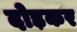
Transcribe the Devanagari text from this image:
दोड़कर